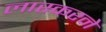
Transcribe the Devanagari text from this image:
लास्करने